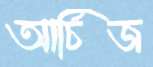
আর্চিজ